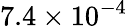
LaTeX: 7.4\times 10^{-4}